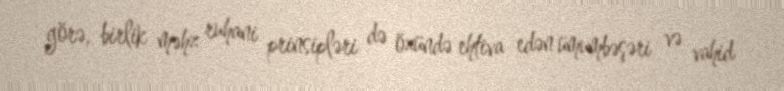
görə, birlik məhz ruhani prinsipləri də özündə ehtiva edən ümumbəşəri və vahid